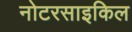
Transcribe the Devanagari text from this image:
नोटरसाइकिल